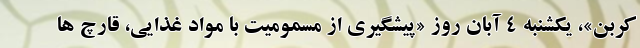
کربن»، یکشنبه ۴ آبان روز «پیشگیری از مسمومیت با مواد غذایی، قارچ ها